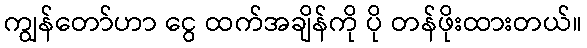
ကျွန်တော်ဟာ ငွေ ထက်အချိန်ကို ပို တန်ဖိုးထားတယ်။